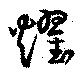
燿